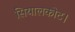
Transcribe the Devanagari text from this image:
सियालकोट।